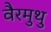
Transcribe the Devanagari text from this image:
वैरमुथु